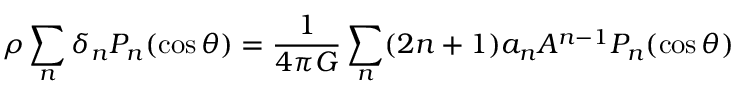
\rho \sum _ { n } \delta _ { n } P _ { n } ( \cos \theta ) = { \frac { 1 } { 4 \pi G } } \sum _ { n } ( 2 n + 1 ) a _ { n } A ^ { n - 1 } P _ { n } ( \cos \theta )